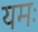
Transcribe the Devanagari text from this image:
यमः